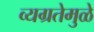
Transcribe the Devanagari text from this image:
व्यग्रतेमुळे